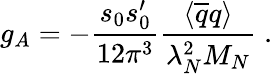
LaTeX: g_{A}=-\frac{s_{0}s_{0}^{\prime}}{12\pi^{3}}\frac{\langle\overline{{{q}}}q\rangle}{\lambda_{N}^{2}M_{N}}\; .\,